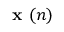
{ \textbf { x } } ( n )